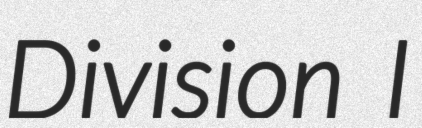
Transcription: Division I